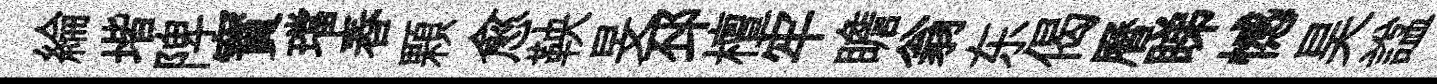
綸堦陴寳璫舂顆愈鞅旻邳檀牢瞻翁东偈曆睇憾昊諡